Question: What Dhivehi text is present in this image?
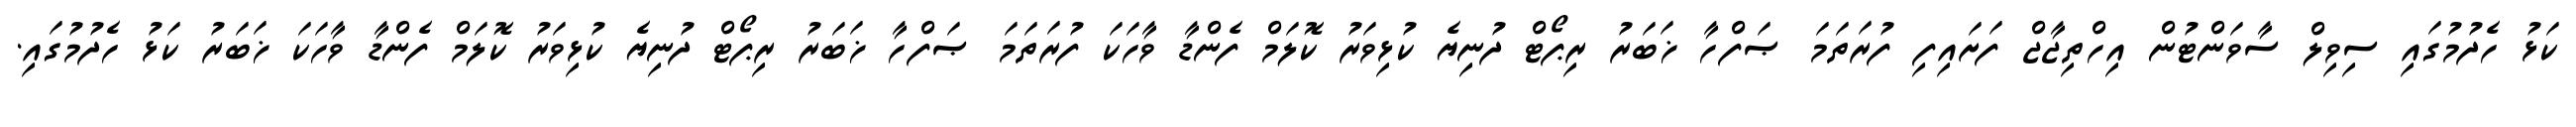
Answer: ކަޅު ހެދުމުގައި ސިވިލް ސާވަންޓުން އިހްތިޖާޖް ފަށައިފި ފުރަތަމަ ޞަފްހާ ޚަބަރު ރިޕޯޓް ދުނިޔެ ކުޅިވަރު ކޮލަމް ފެންޑާ ވާހަކަ ފުރަތަމަ ޞަފްހާ ޚަބަރު ރިޕޯޓް ދުނިޔެ ކުޅިވަރު ކޮލަމް ފެންޑާ ވާހަކަ ޚަބަރު ކަޅު ހެދުމުގައި.